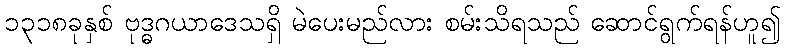
၁၃၁၈ခုနှစ် ဗုဒ္ဓဂယာဒေသရှိ မဲပေးမည်လား စမ်းသိရသည် ဆောင်ရွက်ရန်ဟူ၍